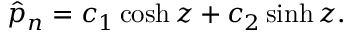
\hat { p } _ { n } = c _ { 1 } \cosh { z } + c _ { 2 } \sinh { z } .